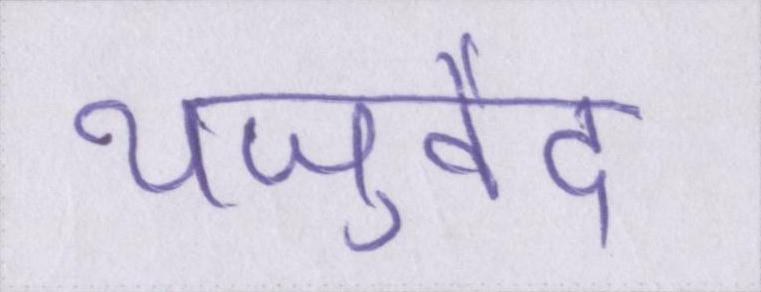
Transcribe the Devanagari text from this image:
यजुर्वेद